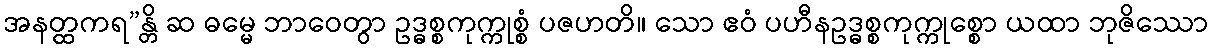
အနတ္ထကရ”န္တိ ဆ ဓမ္မေ ဘာဝေတွာ ဥဒ္ဓစ္စကုက္ကုစ္စံ ပဇဟတိ။ သော ဧဝံ ပဟီနဥဒ္ဓစ္စကုက္ကုစ္စော ယထာ ဘုဇိဿော